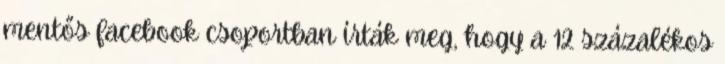
mentős facebook csoportban írták meg, hogy a 12 százalékos